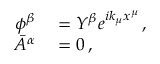
\begin{array} { r l } { \phi ^ { \beta } } & { { } = Y ^ { \beta } e ^ { i k _ { \mu } x ^ { \mu } } \, , } \\ { \bar { A } ^ { \alpha } } & { { } = 0 \, , } \end{array}